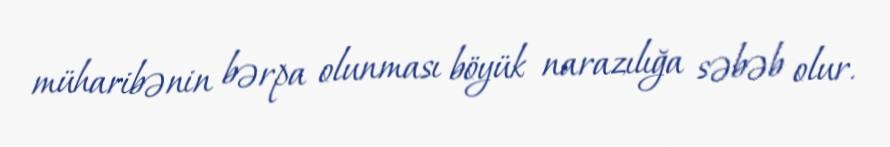
müharibənin bərpa olunması böyük narazılığa səbəb olur.